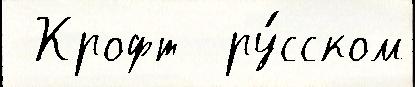
 Крофт  ру́сском